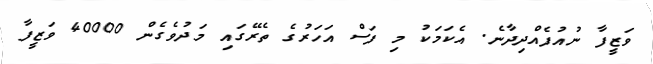
ވަޒީފާ ނުއުފެއްދިދާނެ. އެކަމަކު މި ފަސް އަހަރުގެ ތެރޭގައި މަދުވެގެން 40000 ވަޒީފާ